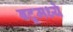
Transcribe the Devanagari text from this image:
बटूमध्ये